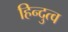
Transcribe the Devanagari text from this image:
हिन्‍दुत्‍व